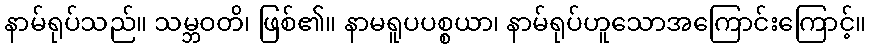
နာမ်ရုပ်သည်။ သမ္ဘဝတိ၊ ဖြစ်၏။ နာမရူပပစ္စယာ၊ နာမ်ရုပ်ဟူသောအကြောင်းကြောင့်။